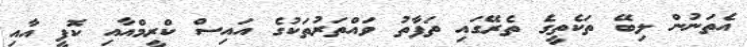
އެތަނުން ލިބޭ ތަކެތީގެ ތެރޭގައި ތަފާތު ވައްތަރުތަކުގެ އައިސް ކްރީމްއާއި ކޮފީ އާއި